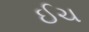
ઈચ